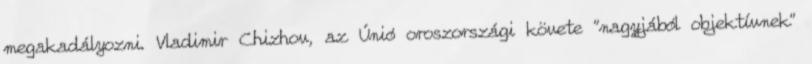
megakadályozni. Vladimir Chizhov, az Únió oroszországi követe "nagyjából objektívnek"